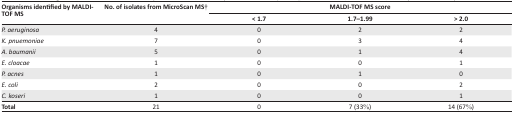
| <ROWSPAN=2> Organisms identified by MALDI-TOF MS | <ROWSPAN=2> No. of isolates from MicroScan MS† | <COLSPAN=3> MALDI-TOF MS score |
 | < 1.7 | 1.7–1.99 | > 2.0 |
 | --- | --- | --- | --- | --- |
 | P. aeruginosa | 4 | 0 | 2 | 2 |
 | K. pnuemoniae | 7 | 0 | 3 | 4 |
 | A. baumanii | 5 | 0 | 1 | 4 |
 | E. cloacae | 1 | 0 | 0 | 1 |
 | P. acnes | 1 | 0 | 1 | 0 |
 | E. coli | 2 | 0 | 0 | 2 |
 | C. koseri | 1 | 0 | 0 | 1 |
 | Total | 21 | 0 | 7 (33%) | 14 (67%) |